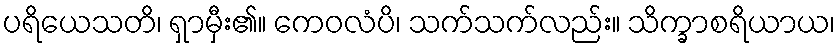
ပရိယေသတိ၊ ရှာမှီး၏။ ကေဝလံပိ၊ သက်သက်လည်း။ သိက္ခာစရိယာယ၊